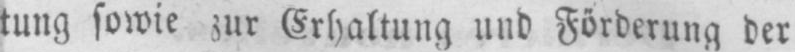
tung sowie zur Erhaltung und Förderung der